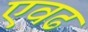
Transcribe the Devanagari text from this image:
एवढ